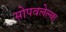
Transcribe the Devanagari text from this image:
सोपवलेल्या